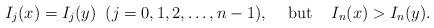
LaTeX: \begin{align*}I_j(x) = I_j(y) \;\;(j=0,1,2, \ldots , n-1),\;\;\; \mbox{ but }\;\;\;I_n(x)>I_n(y).\end{align*}